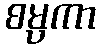
စမ္ပကာ